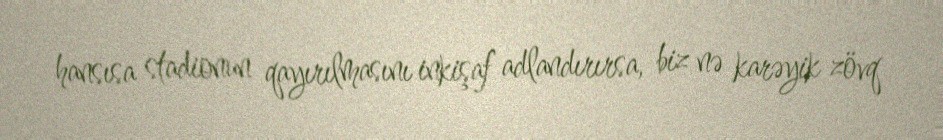
hansısa stadionun qayırılmasını inkişaf adlandırırsa, biz nə karəyik zövq